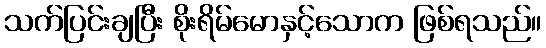
သက်ပြင်းချပြီး စိုးရိမ်မောနှင့်သောက ဖြစ်ရသည်။